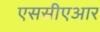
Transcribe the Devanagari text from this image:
एससीएआर